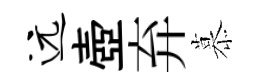
远壺弃慕